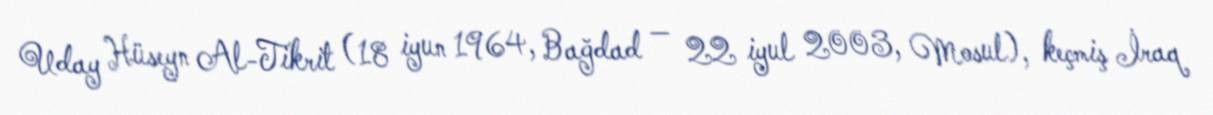
Uday Hüseyn Al-Tikrit (18 iyun 1964, Bağdad — 22 iyul 2003, Mosul), keçmiş İraq